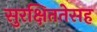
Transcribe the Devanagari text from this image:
सुरक्षिततेसह